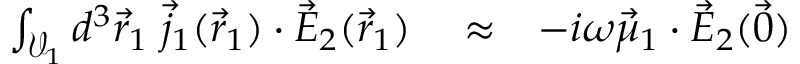
\begin{array} { r l r } { \int _ { \mathcal { V } _ { 1 } } d ^ { 3 } \vec { r } _ { 1 } \; \vec { j } _ { 1 } ( \vec { r } _ { 1 } ) \cdot \vec { E } _ { 2 } ( \vec { r } _ { 1 } ) } & { { } \approx } & { - i \omega \vec { \mu } _ { 1 } \cdot \vec { E } _ { 2 } ( \vec { 0 } ) } \end{array}